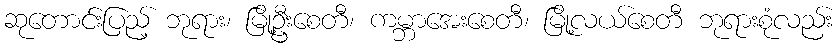
ဆုတောင်းပြည့် ဘုရား၊ မြို့ဦးစေတီ၊ ကမ္ဘာအေးစေတီ၊ မြို့လယ်စေတီ ဘုရားစုံလည်း